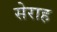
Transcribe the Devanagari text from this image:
सेराह